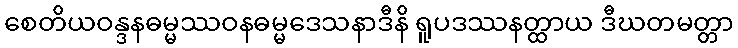
စေတိယဝန္ဒနဓမ္မဿဝနဓမ္မဒေသနာဒီနိ ရူပဒဿနတ္ထာယ ဒီဃတမတ္တာ